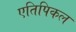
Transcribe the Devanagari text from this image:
एतिपिकल